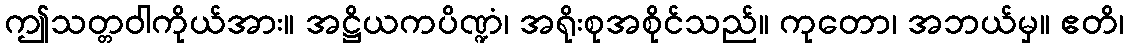
ဤသတ္တဝါကိုယ်အား။ အဋ္ဌိယကပိဏ္ဍံ၊ အရိုးစုအစိုင်သည်။ ကုတော၊ အဘယ်မှ။ ဧတိ၊